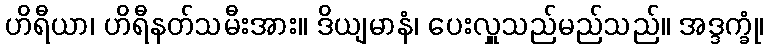
ဟိရီယာ၊ ဟိရီနတ်သမီးအား။ ဒိယျမာနံ၊ ပေးလှူသည်မည်သည်။ အဒ္ဒက္ခုံ၊